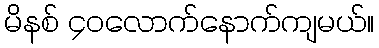
မိနစ် ၄၀လောက်နောက်ကျမယ်။